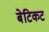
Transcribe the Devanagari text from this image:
बेटिकट